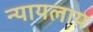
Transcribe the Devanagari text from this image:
न्यायलाय